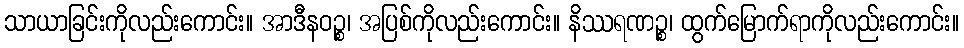
သာယာခြင်းကိုလည်းကောင်း။ အာဒီနဝဉ္စ၊ အပြစ်ကိုလည်းကောင်း။ နိဿရဏဉ္စ၊ ထွက်မြောက်ရာကိုလည်းကောင်း။